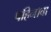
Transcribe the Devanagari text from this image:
पहिनावा